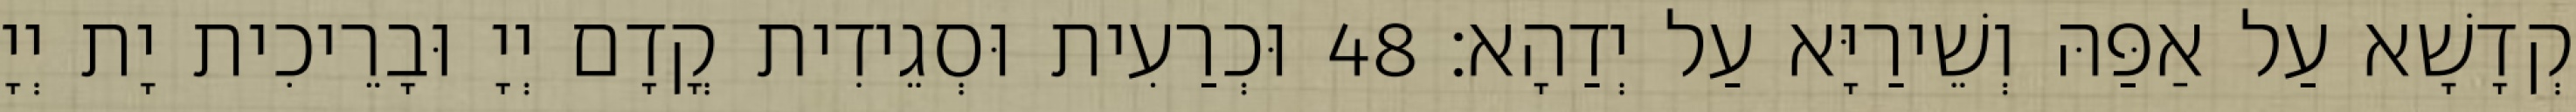
קְדָשָׁא עַל אַפַּהּ וְשֵׁירַיָּא עַל יְדַהָא׃ 48 וּכְרַעִית וּסְגֵידִית קֳדָם יְיָ וּבָרֵיכִית יָת יְיָ